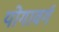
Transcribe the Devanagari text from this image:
योगावर्ग